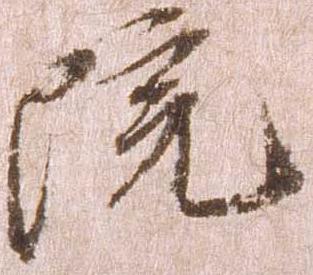
院